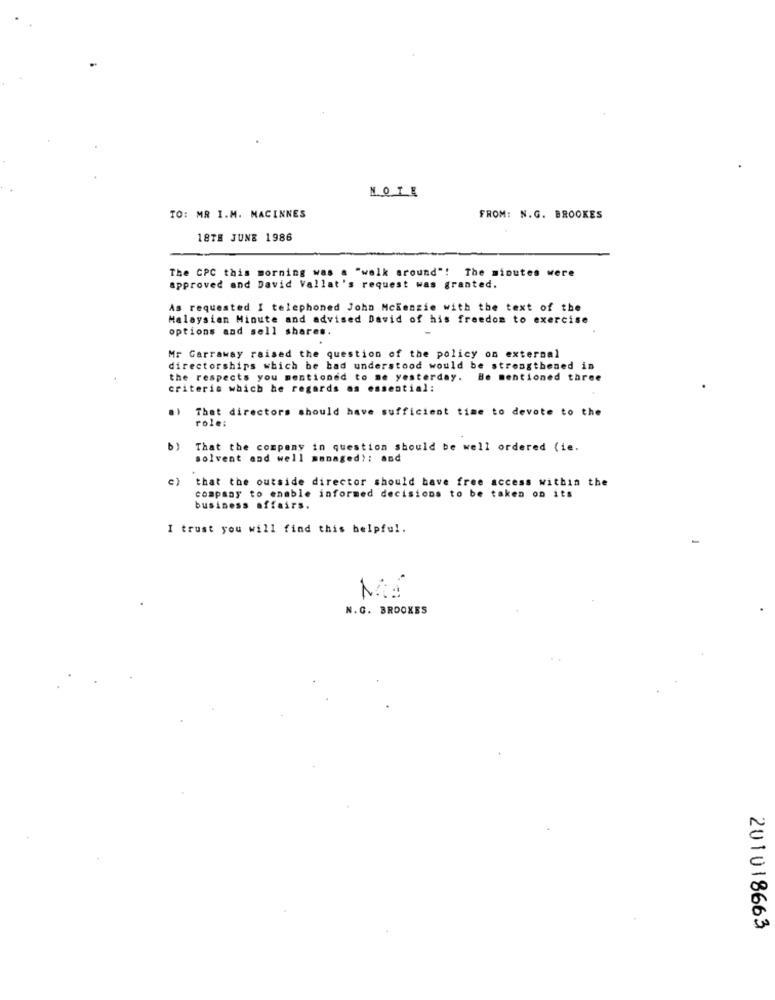
TO: MR I.M. MACINNES
FROM: N.G. BROOKES
18TH JUNE 1986
The CPC this morning was a "walk around"! The minutes were
approved and David Vallat's request was granted.
As requested I telephoned John Mckenzie with the text of the
Malaysian Minute and advised David of his freedom to exercise
options and sell shares.
Mr Garraway raised the question of the policy on external
directorships which be bad understood would be strengthened in
the respects you mentioned to me yesterday. Be mentioned three
criteris which he regards as essential:
.,
That directors should have sufficient time to devote to the
role:
b)
That the company in question should be well ordered (ie.
solvent and well managed): and
c)
that the outside director should have free access within the
company to enable informed decisions to be taken on its
business affairs.
I trust you will find this helpful.
N.G. BROOKES
201018663